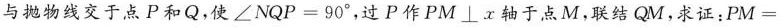
线与抛物线交于点P和Q，使$$∠ N Q P = 9 0 °$$，过P作PM\bot x轴于点M，联结QM。求证：$$P M =